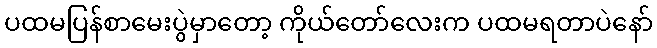
ပထမပြန်စာမေးပွဲမှာတော့ ကိုယ်တော်လေးက ပထမရတာပဲနော်